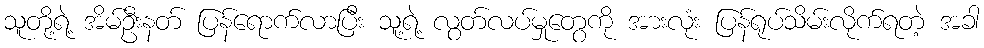
သူတို့ရဲ့ အိမ်ဦးနတ် ပြန်ရောက်လာပြီး သူ့ရဲ့ လွတ်လပ်မှုတွေကို အားလုံး ပြန်ရုပ်သိမ်းလိုက်ရတဲ့ အခါ